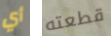
أي قطعته